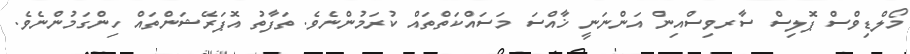
މޯލްޑިވްސް ޕޮލިސް ސާރވިސްއިން އަންނަނީ ޚާއްސަ މަސައްކަތްތައް ކުރަމުންނެވެ. ތަފާތު އޮޕަރޭޝަންތައް ހިންގަމުންނެވެ.